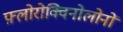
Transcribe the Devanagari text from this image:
फ़्लोरोक्विनोलोनों